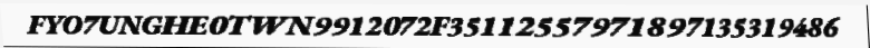
FYO7UNGHE0TWN9912072F35112557971897135319486